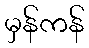
မှန်ကန်